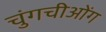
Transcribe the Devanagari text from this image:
चुंगचीओंग